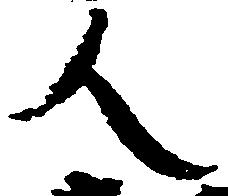
人